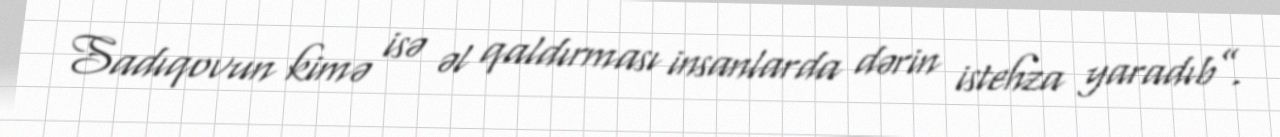
Sadıqovun kimə isə əl qaldırması insanlarda dərin istehza yaradıb”.